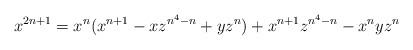
LaTeX: \begin{align*}x^{2n+1} = x^n(x^{n+1}-xz^{n^4-n}+yz^n)+x^{n+1}z^{n^4-n}-x^nyz^n\end{align*}